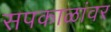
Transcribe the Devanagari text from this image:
सपकाळांवर